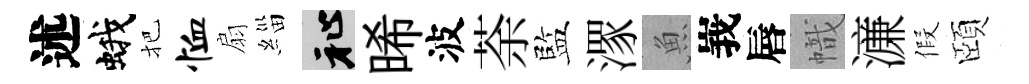
述蛾把恤扇緇祉晞波荼監潈魚峩唇幟濓假頤